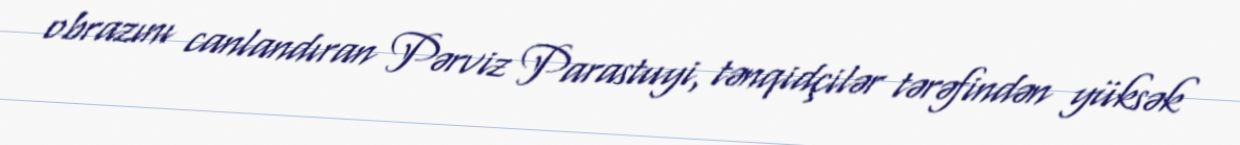
obrazını canlandıran Pərviz Parastuyi, tənqidçilər tərəfindən yüksək